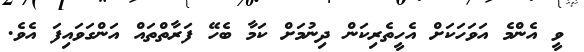
ވީ އެންމެ އަވަހަކަށް އެހީތެރިކަން ދިނުމަށް ކަމާ ބެހޭ ފަރާތްތައް އަންގަވައިފަ އެވެ.